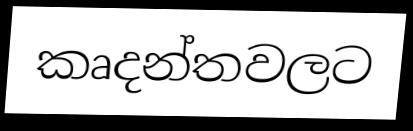
කෘදන්තවලට